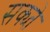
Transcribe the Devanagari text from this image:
सक्य्ते